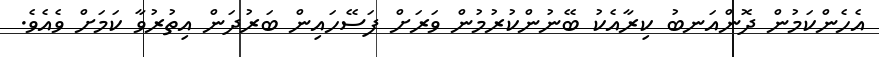
އެހެންކަމުން ދޮންއަނބު ކިރާއެކު ބޭނުންކުރުމުން ވަރަށް ފަސޭހައިން ބަރުދަން އިތުރުވާ ކަމަށް ވެއެވެ.